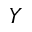
Y